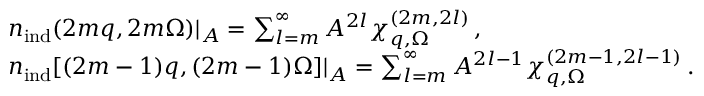
\begin{array} { r l } & { { n } _ { \mathrm { i n d } } ( 2 m \boldsymbol { q } , 2 m \Omega ) | _ { A } = \sum _ { l = m } ^ { \infty } A ^ { 2 l } \chi _ { \boldsymbol { q } , \Omega } ^ { ( 2 m , 2 l ) } \, , } \\ & { { n } _ { \mathrm { i n d } } [ ( 2 m - 1 ) \boldsymbol { q } , ( 2 m - 1 ) \Omega ] | _ { A } = \sum _ { l = m } ^ { \infty } A ^ { 2 l - 1 } \chi _ { \boldsymbol { q } , \Omega } ^ { ( 2 m - 1 , 2 l - 1 ) } \, . } \end{array}